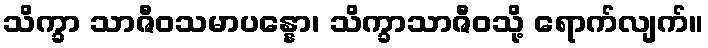
သိက္ခာ သာဇီဝသမာပန္နော၊ သိက္ခာသာဇီဝသို့ ရောက်လျက်။